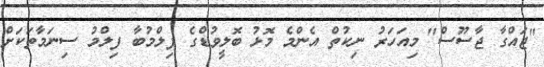
"ޖައްގާ ޖާސޫސް" މިއަހަރު ނިކުތް އެންމެ މޮޅު ބޮލީވުޑްގެ ފިލްމުބާ ފިލްމު ސިނަމާތަކަށް